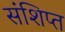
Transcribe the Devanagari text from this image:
संशिप्त